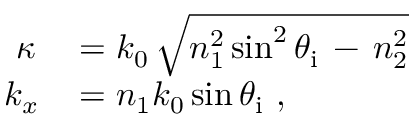
\begin{array} { r l } { \kappa } & { { } = k _ { 0 } \, { \sqrt { n _ { 1 } ^ { 2 } \sin ^ { 2 } \theta _ { \mathrm { i } } \, - \, n _ { 2 } ^ { 2 } } } } \\ { k _ { x \! } } & { { } = n _ { 1 } k _ { 0 } \sin \theta _ { \mathrm { i } } ~ , } \end{array}